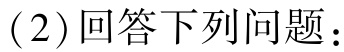
(2)回答下列问题：